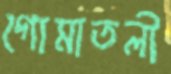
গোমাতলী